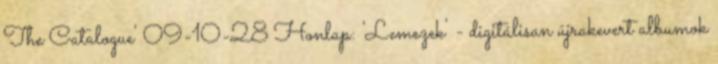
The Catalogue' 09-10-28 Honlap: 'Lemezek' - digitálisan újrakevert albumok